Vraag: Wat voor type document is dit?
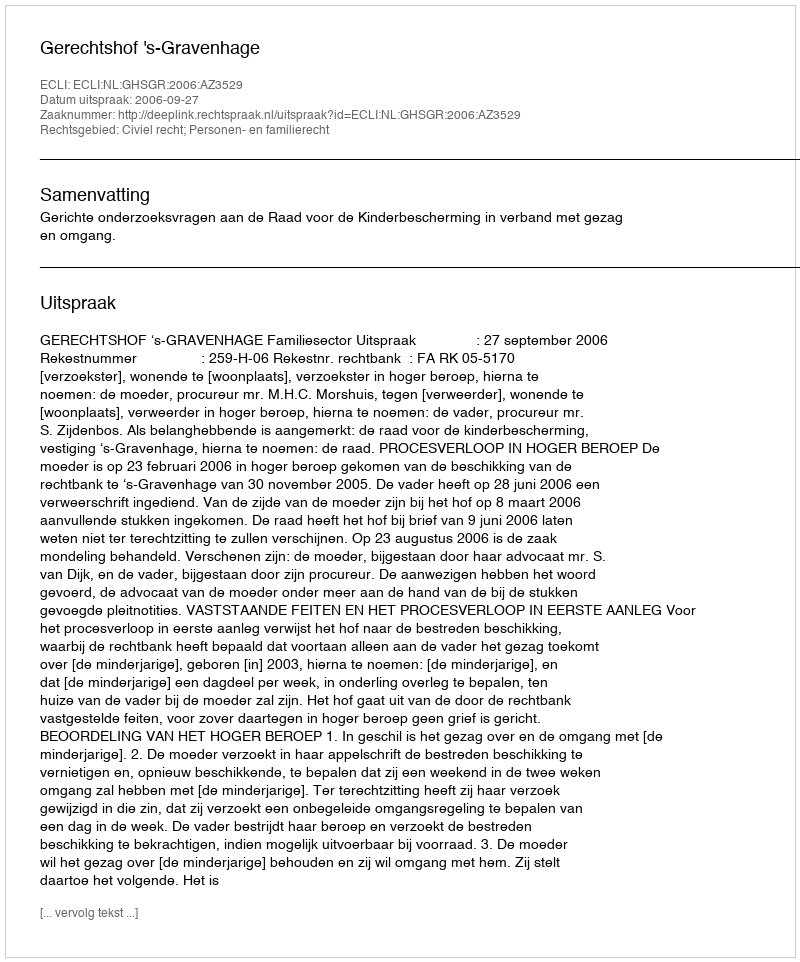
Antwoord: Uitspraak